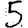
Digit: 5